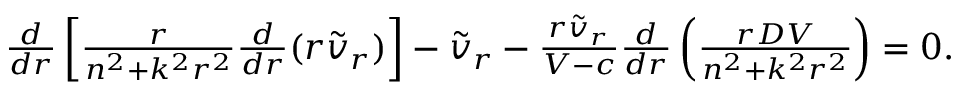
\begin{array} { r } { \frac { d } { d r } \left[ \frac { r } { n ^ { 2 } + k ^ { 2 } r ^ { 2 } } \frac { d } { d r } ( r \tilde { v } _ { r } ) \right] - \tilde { v } _ { r } - \frac { r \tilde { v } _ { r } } { V - c } \frac { d } { d r } \left( \frac { r D V } { n ^ { 2 } + k ^ { 2 } r ^ { 2 } } \right) = 0 . } \end{array}